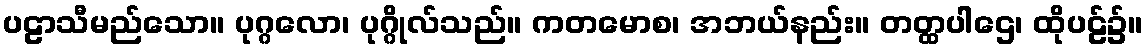
ပဠာသီမည်သော။ ပုဂ္ဂလော၊ ပုဂ္ဂိုလ်သည်။ ကတမောစ၊ အဘယ်နည်း။ တတ္ထပါဌေ၊ ထိုပဠ်၌။